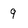
Character: 9